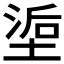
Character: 𰊇